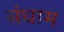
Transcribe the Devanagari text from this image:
संधाम